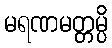
မရဏမတ္တမ္ပိ